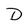
Character: D